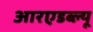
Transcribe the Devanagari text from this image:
आरएडब्ल्यू